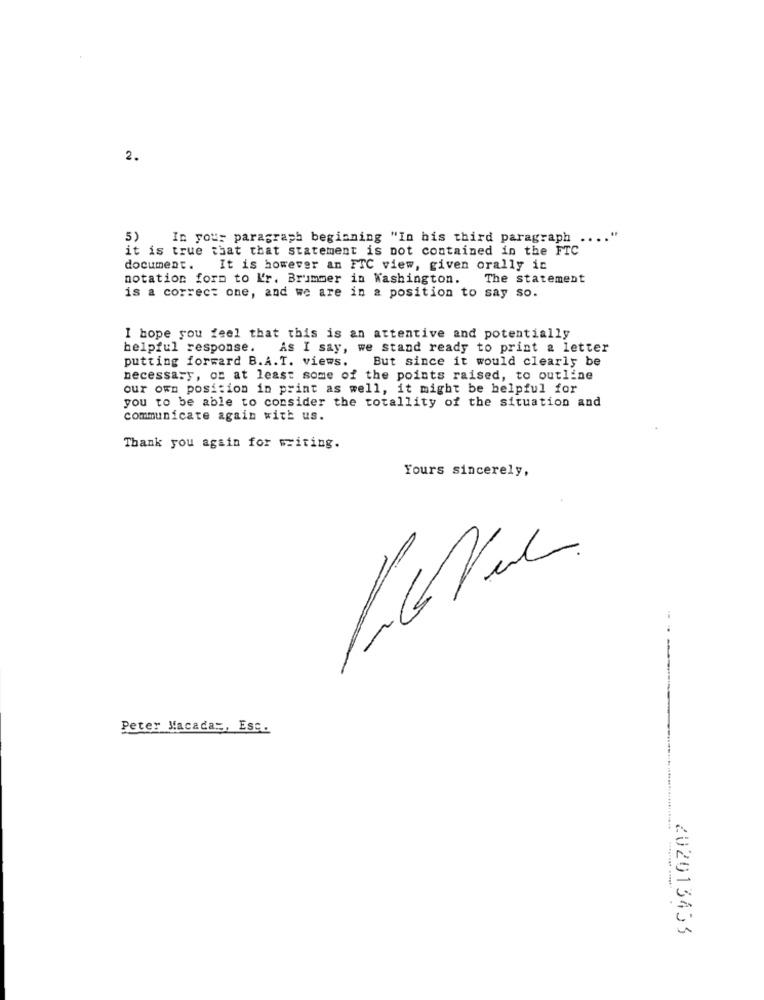
2.
5)
In your paragraph beginning "In his third paragraph
it is true that that statement is not contained in the FTC
document.
It is however an FTC view, given orally ic
notation form to K'r. Brummer in Washington. The statement
is a correct one, and we are in a position to say so.
I hope you feel that this is an attentive and potentially
helpful response. As I say, we stand ready to print a letter
putting forward B.A.T. views. But since it would clearly be
necessary, or at least some of the points raised, to outline
our own position in print as well, it might be helpful for
you to be able to consider the totallity of the situation and
communicate again with us.
Thank you again for writing.
Yours sincerely,
-
5
Peter Macada :, Esc.
202013453